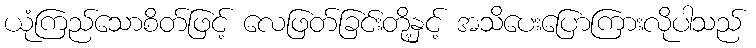
ယုံကြည်သောစိတ်ဖြင့် လေဖြတ်ခြင်းတို့နှင့် အသိပေးပြောကြားလိုပါသည်